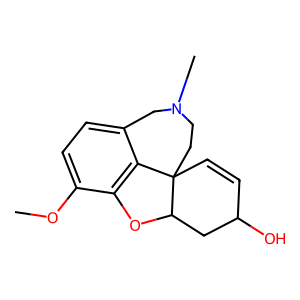
SMILES: COc1ccc2c3c1OC1CC(O)C=CC31CCN(C)C2
Inhibits HIV replication: No